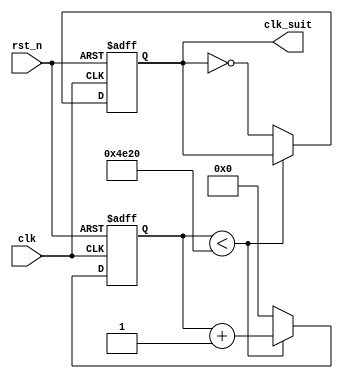
`timescale 1ns / 1ps
//////////////////////////////////////////////////////////////////////////////////
// Company: 
// Engineer: 
// 
// Design Name: 
// Module Name: time_suit
// Project Name: 
// Target Devices: 
// Tool Versions: 
// Description: 
// 
// Dependencies: 
// 
// Revision:
// Revision 0.01 - File Created
// Additional Comments:
// 
//////////////////////////////////////////////////////////////////////////////////

//4
module time_suit(
clk,rst_n,clk_suit
    );
    input clk;
    input rst_n;
    output clk_suit;
    
    reg [27:0]count;
    reg clk_suit;
    
    always@(posedge clk or negedge rst_n)
    begin
        if(!rst_n)
        begin
            count<= 0;
            clk_suit<= 0;
        end
        else
            if(count < 20000)
                count<= count+1;
             else
             begin
                count<= 0;
                clk_suit<= ~clk_suit;
             end
    end
    
endmodule